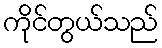
ကိုင်တွယ်သည်